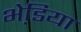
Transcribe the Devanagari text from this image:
भेडि़या